Report on horse surra - Volume I
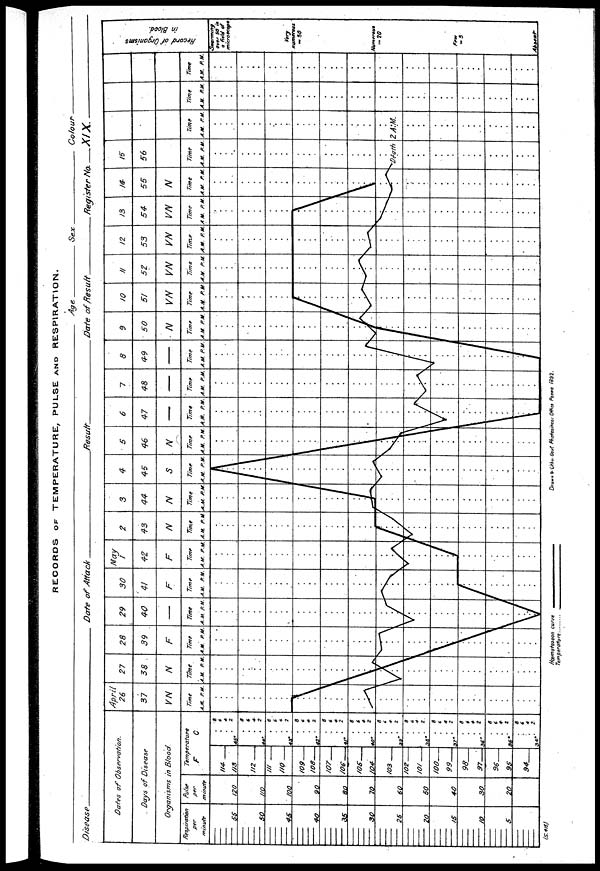
RECORDS OF TEMPERATURE, PULSE AND RESPIRATION.